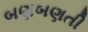
બણબણતી